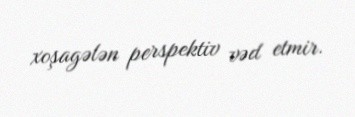
xoşagələn perspektiv vəd etmir.